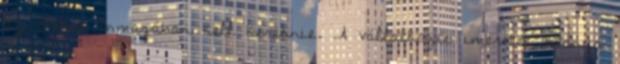
az okokat önmagában kell keresnie. A vállalkozói imeretek hiánya